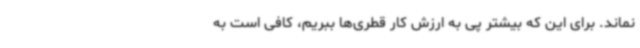
نماند. برای این که بیشتر پی به ارزش کار قطری‌ها ببریم، کافی است به